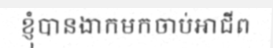
ខ្ញុំបានងាកមកចាប់អាជីព